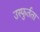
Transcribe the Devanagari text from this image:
उस्फुर्तता